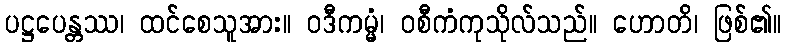
ပဋ္ဌပေန္တဿ၊ ထင်စေသူအား။ ဝဒီကမ္မံ၊ ဝစီကံကုသိုလ်သည်။ ဟောတိ၊ ဖြစ်၏။